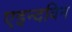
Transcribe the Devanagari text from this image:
एइन्दविन